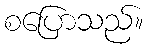
စပြောသည်။